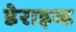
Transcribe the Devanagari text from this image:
डेराइव्ड